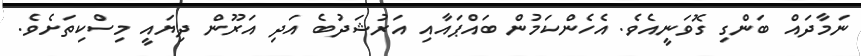
ނަމާދައް ބަންގި ގޮވަނީއެވެ. އެހެންކަމުން ބައްޕައާއި އަރުޝަދުބެ އަދި އަރޫން ދިޔައީ މިސްކިތަށެވެ.